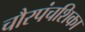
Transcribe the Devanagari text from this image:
चौरपंचशिका